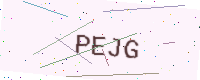
Text: PEJG